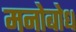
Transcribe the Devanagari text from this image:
मनोबोध